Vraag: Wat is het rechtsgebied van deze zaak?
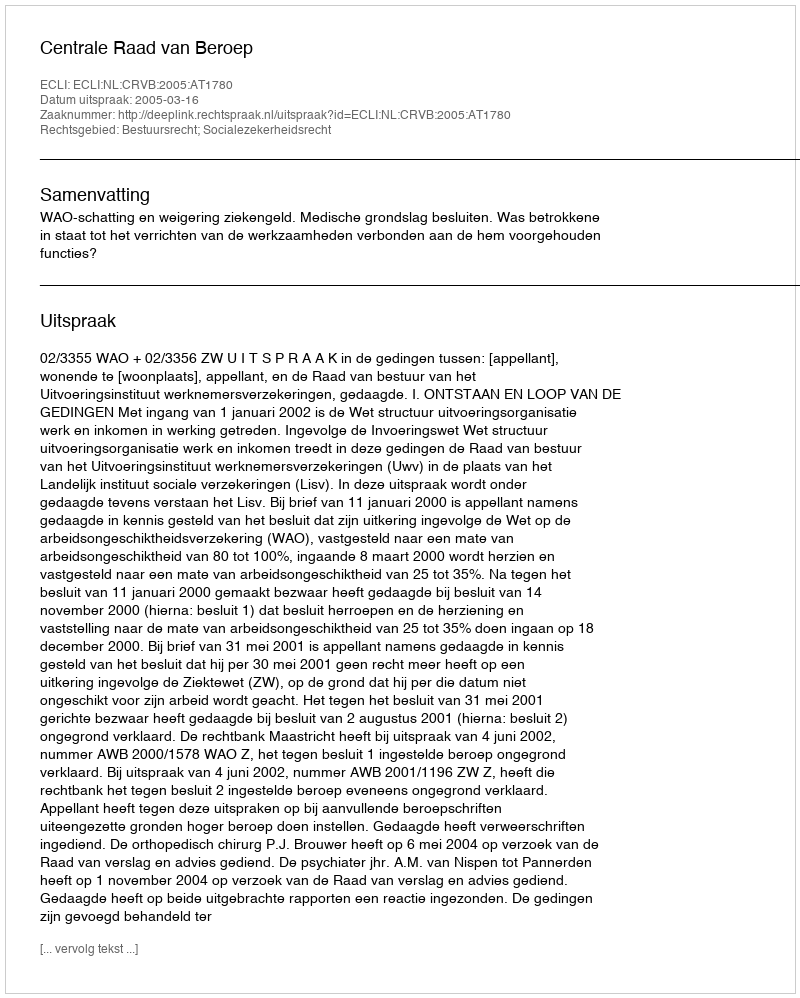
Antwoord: Bestuursrecht; Socialezekerheidsrecht